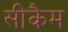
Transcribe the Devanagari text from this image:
सीकैम